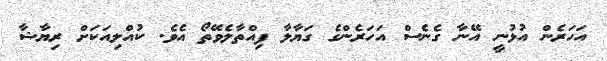
އަހަރެން އުޅުނީ އޭނާ ގެނެސް އަހަރެންގެ ގަޔާލާ ފިއްތާލެވޭތޯ އެވެ. ކުއްލިއަކަށް ރިޔާޝާ